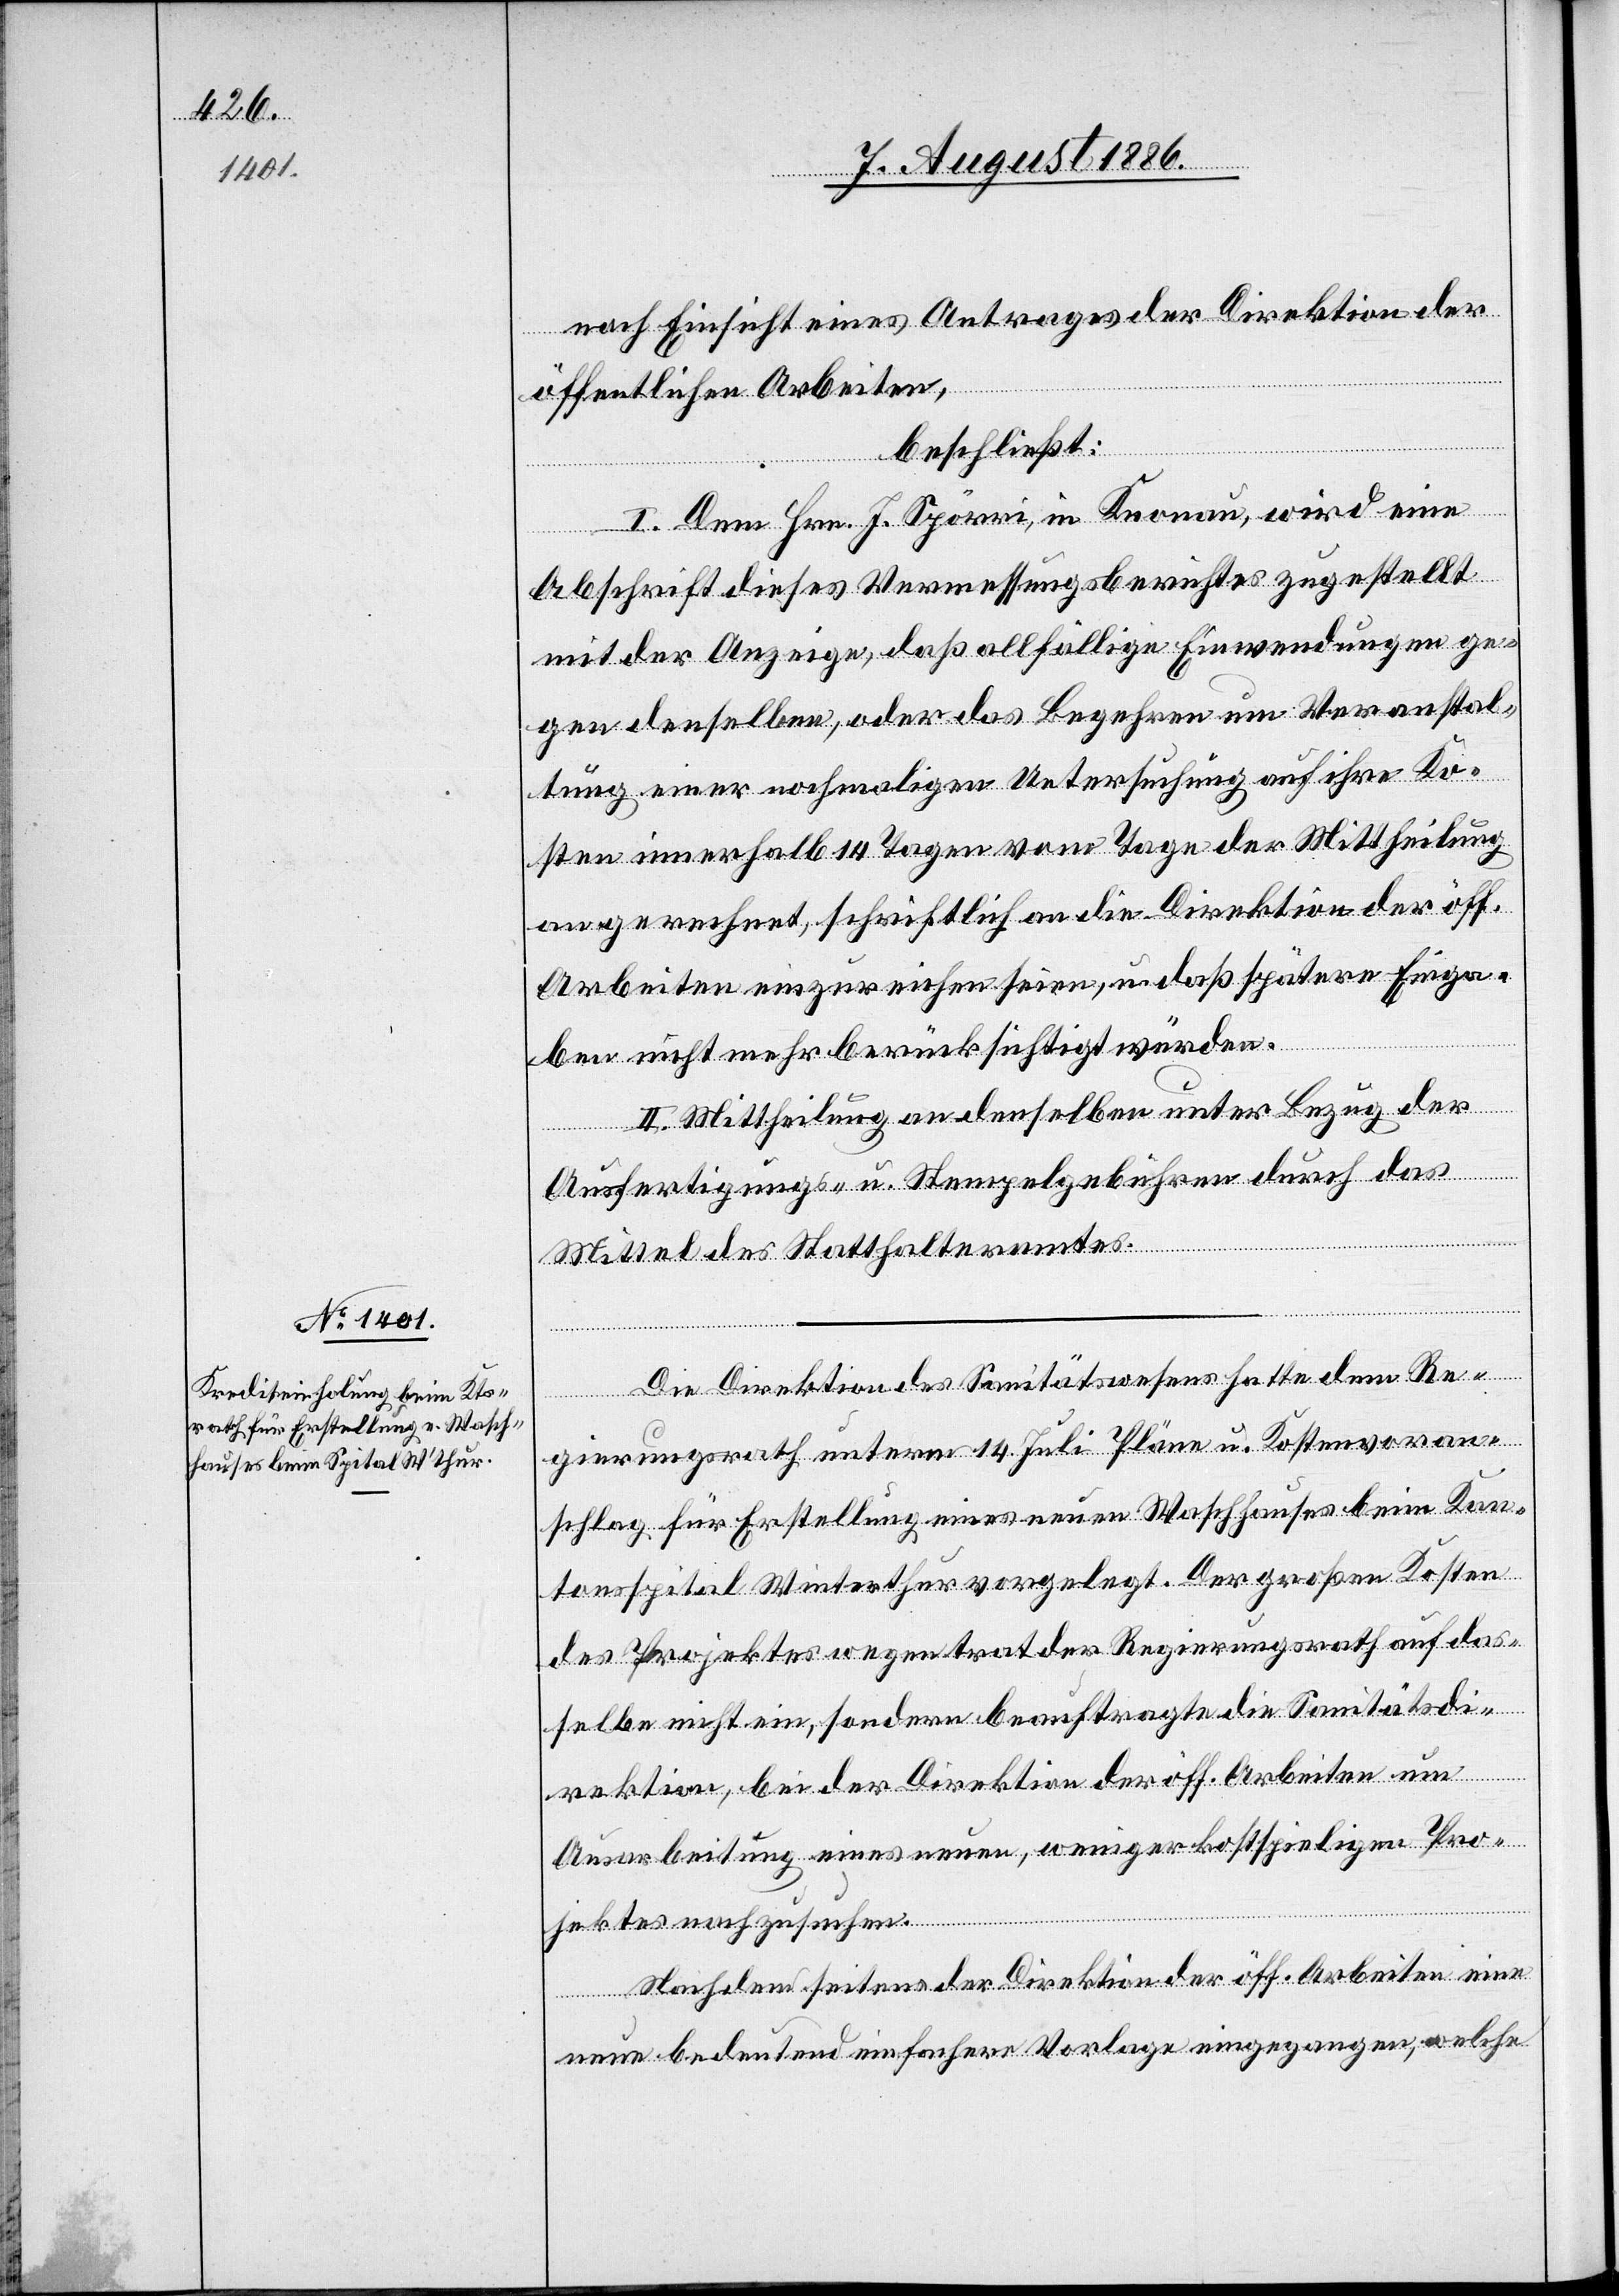
nach Einsicht eines Antrages der Direktion der
öffentlichen Arbeiten,
beschließt:
I. Dem Hrn. J. Spörri, in Knonau, wird eine
Abschrift dieses Vermessungsberichtes zugestellt
mit der Anzeige, daß allfällige Einwendungen ge¬
gen denselben, oder das Begehren um Veranstal¬
tung einer nochmaligen Untersuchung auf ihre Ko¬
sten innerhalb 14 Tagen vom Tage der Mittheilung
an gerechnet, schriftlich an die Direktion der öff.
Arbeiten einzureichen seien, u. daß spätere Einga¬
ben nicht mehr berücksichtigt würden.
II. Mittheilung an denselben unter Bezug der
Ausfertigungs- u. Stempelgebühren durch das
Mittel des Statthalteramtes.
Die Direktion des Sanitätswesens hatte dem Re¬
gierungsrath unterm 14. Juli Pläne u. Kostenvoran¬
schlag für Erstellung eines neuen Waschhauses beim Kan¬
tonsspital Winterthur vorgelegt. Der großen Kosten
des Projektes wegen trat der Regierungsrath auf das¬
selbe nicht ein, sondern beauftragte die Sanitätsdi¬
rektion, bei der Direktion der öff. Arbeiten um
Ausarbeitung eines neuen, weniger kostspieligen Pro¬
jektes nachzusuchen.
Nachdem seitens der Direktion der öff. Arbeiten eine
neue bedeutend einfachere Vorlage eingegangen, welche